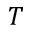
T